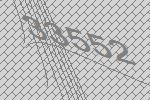
33552